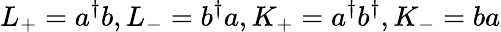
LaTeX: L_{+}=a^{\dagger}b,L_{-}=b^{\dagger}a,K_{+}=a^{\dagger}b^{\dagger},K_{-}=ba